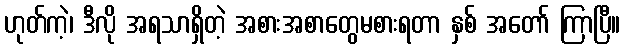
ဟုတ်ကဲ့၊ ဒီလို အရသာရှိတဲ့ အစားအစာတွေမစားရတာ နှစ် အတော် ကြာပြီ။